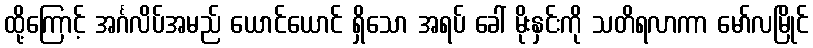
ထို့ကြောင့် အင်္ဂလိပ်အမည် ယောင်ယောင် ရှိသော အရပ် ခေါ် မိုးနှင်းကို သတိရလာကာ မော်လမြိုင်